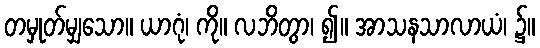
တမှုတ်မျှသော။ ယာဂုံ၊ ကို။ လဘိတွာ၊ ၍။ အာသနသာလာယံ၊ ၌။